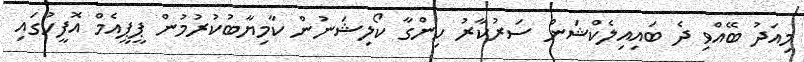
މިއަދު ބޭއްވި ދެ ބައިއިލެކްޝަން ސަރުކާރު ހިންގާ ކޯލިޝަނުން ކާމިޔާބުކުރުމުން ޕީޕީއެމް އޮފީހުގައި